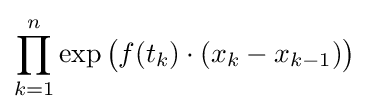
\prod _{k=1}^{n}\exp {\big (}f(t_{k})\cdot (x_{k}-x_{k-1}){\big )}